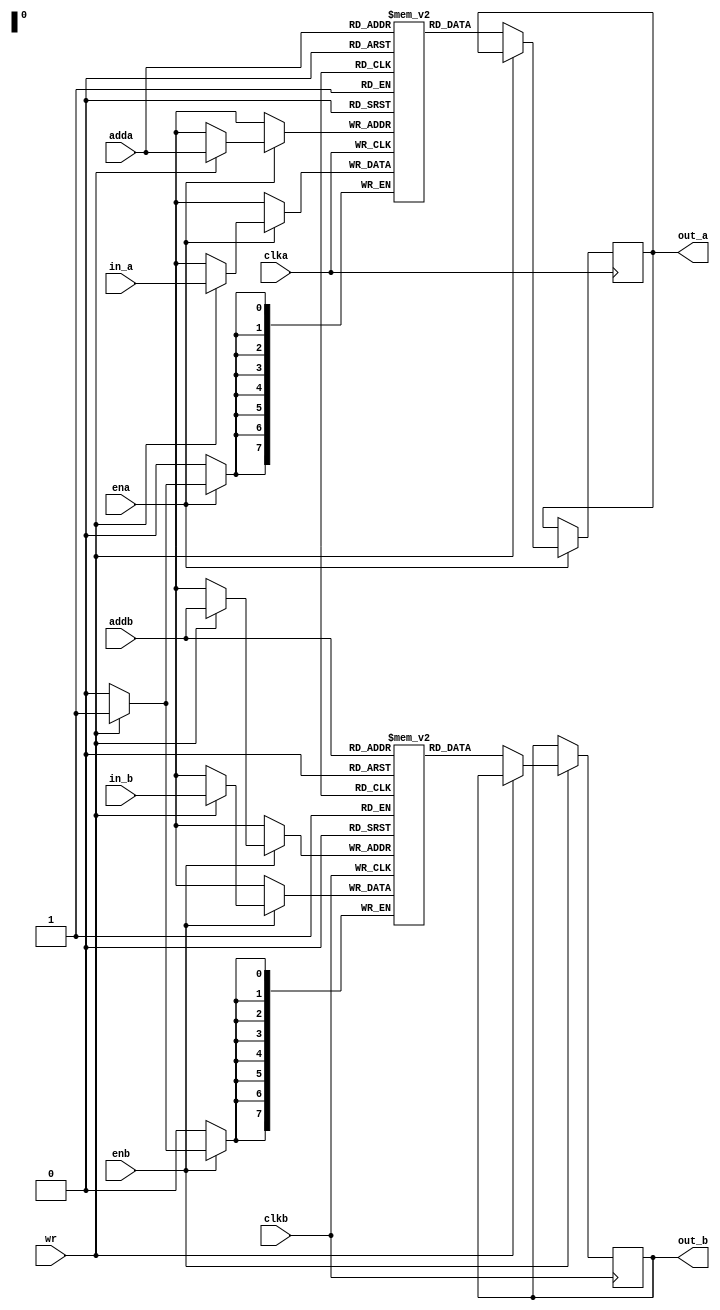
`timescale 1ns / 1ps

module ram_dual(
    input clka, clkb,
    input  ena, enb, wr,
    input [7:0] adda,
    input [7:0] addb,
    input [7:0] in_a,
    input [7:0] in_b,
    output reg [7:0] out_a,
    output reg [7:0] out_b
    );
reg [7:0] mema [255:0];
reg [7:0] memb [255:0];
always @(posedge clka)
begin
  if (ena)
   begin
     if (wr) begin
       mema[adda] <= in_a;
     end
     else begin
      out_a <= mema[adda];
     end
  end
end

always @(posedge clkb)
begin
  if (enb)
   begin
     if (wr) begin
       memb[addb] <= in_b;
     end
     else begin
      out_b <= memb[addb];
     end
  end
end
endmodule